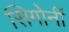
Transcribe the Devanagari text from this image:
सिगोर्नी